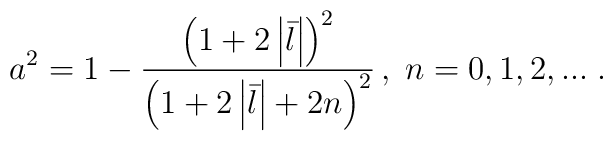
a^{2}=1-\frac{\left( 1+2\left| \bar{l}\right| \right) ^{2}}{\left( 1+2\left| \bar{l}\right| +2n\right) ^{2}}\,,\;n=0,1,2,...\;.